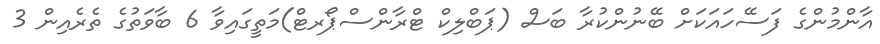
އާންމުންގެ ފަސޭހައަކަށް ބޭނުންކުރާ ބަސް (ޕަބްލިކް ޓްރާންސްޕޯރޓް)މަތީގައިވާ 6 ބާވަތުގެ ތެރެއިން 3